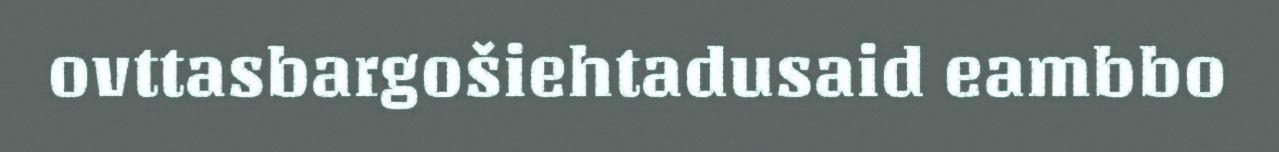
ovttasbargošiehtadusaid eambbo